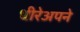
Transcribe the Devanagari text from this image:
धीरेअपने